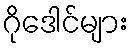
ဂိုဒေါင်များ